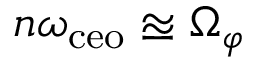
n \omega _ { \mathrm { c e o } } \approxeq \Omega _ { \varphi }